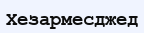
Хезармесджед